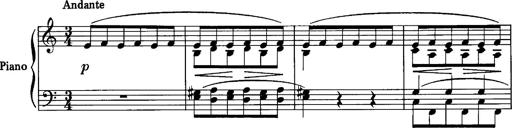
Title: La romanesca
Composer: Franz Liszt